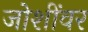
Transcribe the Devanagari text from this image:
जोशींवर